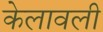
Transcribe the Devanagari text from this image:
केलावली